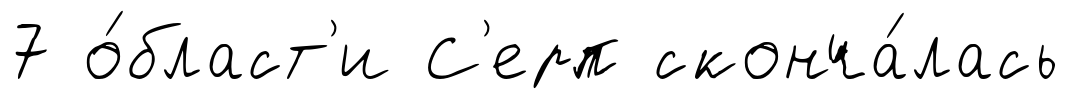
7 о́бласт'и С'ерп сконча́лась